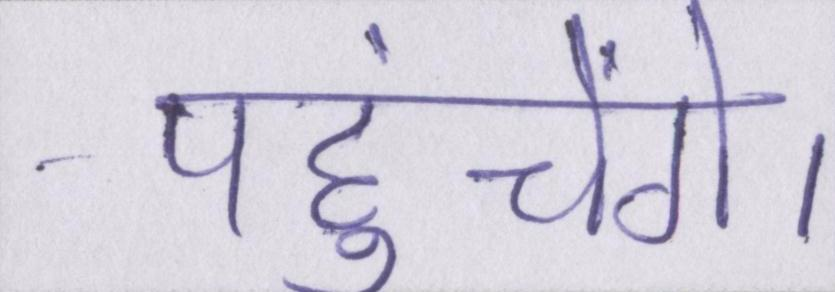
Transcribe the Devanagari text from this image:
पहुंचेंगे।